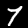
Digit: 7